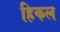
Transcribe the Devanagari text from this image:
हिकल